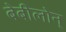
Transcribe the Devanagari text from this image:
बेबीलोन्